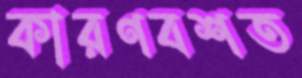
কারণবশত